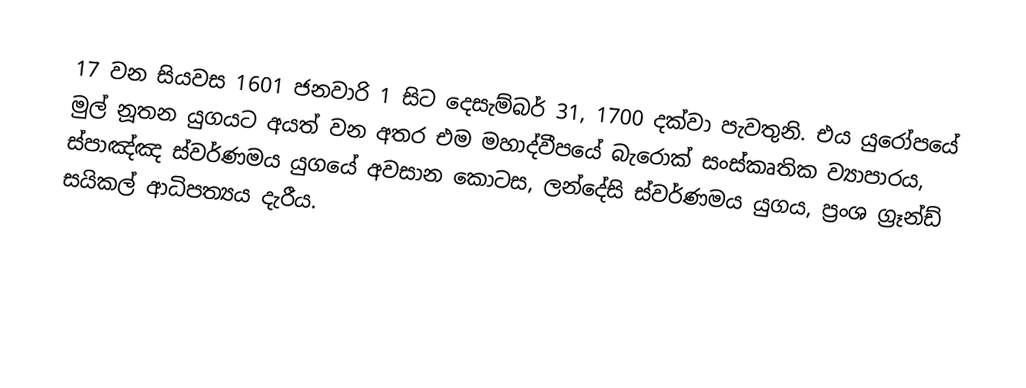
17 වන සියවස 1601 ජනවාරි 1 සිට දෙසැම්බර් 31, 1700  දක්වා පැවතුනි. එය යුරෝපයේ මුල් නූතන යුගයට අයත් වන අතර එම මහාද්වීපයේ බැරොක් සංස්කෘතික ව්‍යාපාරය, ස්පාඤ්ඤ ස්වර්ණමය යුගයේ අවසාන කොටස, ලන්දේසි ස්වර්ණමය යුගය, ප්‍රංශ ග්‍රෑන්ඩ් සයිකල් ආධිපත්‍යය දැරීය.